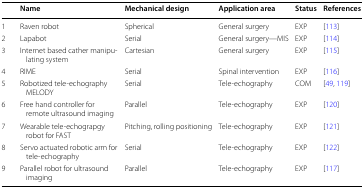
<table><thead><tr><td></td><td><b>Name</b></td><td><b>Mechanical design</b></td><td><b>Application area</b></td><td><b>Status</b></td><td><b>References</b></td></tr></thead><tbody><tr><td>1</td><td>Raven robot</td><td>Spherical</td><td>General surgery</td><td>EXP</td><td>[113]</td></tr><tr><td>2</td><td>Lapabot</td><td>Serial</td><td>General surgery—MIS</td><td>EXP</td><td>[114]</td></tr><tr><td>3</td><td>Internet based cather manipulating system</td><td>Cartesian</td><td>General surgery</td><td>EXP</td><td>[115]</td></tr><tr><td>4</td><td>RIME</td><td>Serial</td><td>Spinal intervention</td><td>EXP</td><td>[116]</td></tr><tr><td>5</td><td>Robotized tele-echography MELODY</td><td>Serial</td><td>Tele-echography</td><td>COM</td><td>[49, 119]</td></tr><tr><td>6</td><td>Free hand controller for remote ultrasound imaging</td><td>Parallel</td><td>Tele-echography</td><td>EXP</td><td>[120]</td></tr><tr><td>7</td><td>Wearable tele-echograpgy robot for FAST</td><td>Pitching, rolling positioning</td><td>Tele-echography</td><td>EXP</td><td>[121]</td></tr><tr><td>8</td><td>Servo actuated robotic arm for tele-echography</td><td>Serial</td><td>Tele-echography</td><td>EXP</td><td>[122]</td></tr><tr><td>9</td><td>Parallel robot for ultrasound imaging</td><td>Parallel</td><td>Tele-echography</td><td>EXP</td><td>[117]</td></tr></tbody></table>